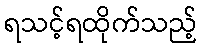
ရသင့်ရထိုက်သည့်